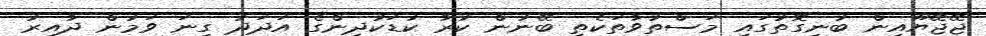
ޖޭޖޭޔޫއިން ބުނިގޮތުގައި މަސްތުވާތަކެތި ބޭނުން ކުރާ ކުޑަކުދިންގެ އަދަދު ގިނަ ވަމުން ދާއިރު